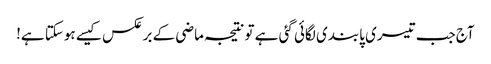
آج جب تیسری پابندی لگائی گئی ہے تو نتیجہ ماضی کے برعکس کیسے ہوسکتا ہے!